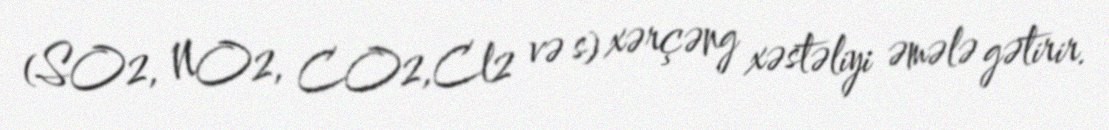
(SO2, NO2, CO2,Cl2 və s) xərçəng xəstəliyi əmələ gətirir.